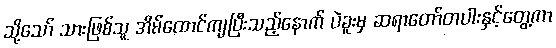
သို့သော် သားဖြစ်သူ အိမ်ထောင်ကျပြီးသည့်နောက် ပဲခူးမှ ဆရာတော်တပါးနှင့်တွေ့ကာ